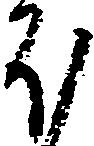
ほ